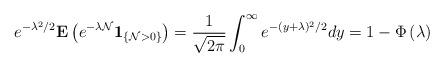
LaTeX: \begin{align*} e^{- \lambda^2/2}\mathbf{E} \left( e^{- \lambda\mathcal{N}}\mathbf{1}_{\{ \mathcal{N}>0\}} \right) =\frac{1}{\sqrt{2\pi}}\int_0^{\infty}e^{-(y+\lambda)^2/2} dy=1-\Phi \left( \lambda\right)\end{align*}